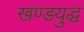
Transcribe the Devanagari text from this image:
खण्डयुद्ध